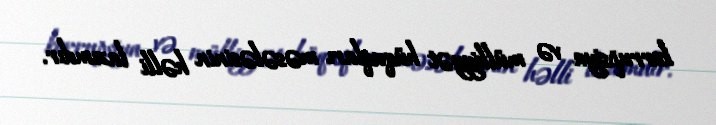
korrupsiya və mülkiyyət hüquqları məsələsinin həlli lazımdır.